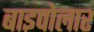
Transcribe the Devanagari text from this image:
बाइपोलार